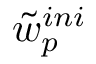
\tilde { w } _ { p } ^ { i n i }